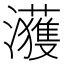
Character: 𤄀